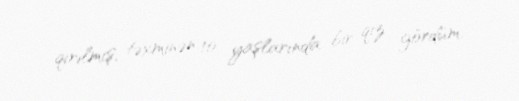
qırılmış, təxminən 10 yaşlarında bir qız gördüm.